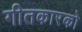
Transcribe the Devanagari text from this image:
गीतकारको